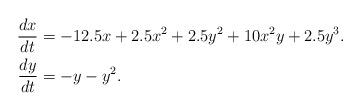
LaTeX: \begin{align*}\frac{dx}{dt} &=-12.5x+2.5x^2+2.5y^2+10x^2y+2.5y^3.\\\frac{dy}{dt} & =-y-y^2.\\\end{align*}